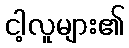
ငါ့လူများ၏